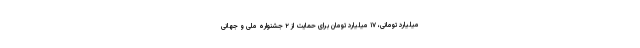
میلیارد تومانی، ۱۷ میلیارد تومان برای حمایت از ۲ جشنواره ملی و جهانی